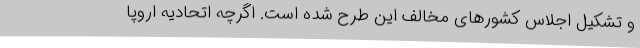
و تشکیل اجلاس کشورهای مخالف این طرح شده است. اگرچه اتحادیه اروپا